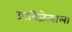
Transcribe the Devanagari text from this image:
उपविजेत्याला